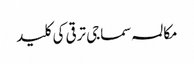
مکالمہ سماجی ترقی کی کلید